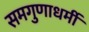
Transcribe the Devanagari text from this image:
समगुणाधर्मी